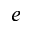
e